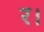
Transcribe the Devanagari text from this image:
र।